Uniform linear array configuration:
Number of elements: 64
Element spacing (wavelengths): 0.75
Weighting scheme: binomial
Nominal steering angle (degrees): -15
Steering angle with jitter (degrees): -13.625
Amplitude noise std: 0.05
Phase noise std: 0.05

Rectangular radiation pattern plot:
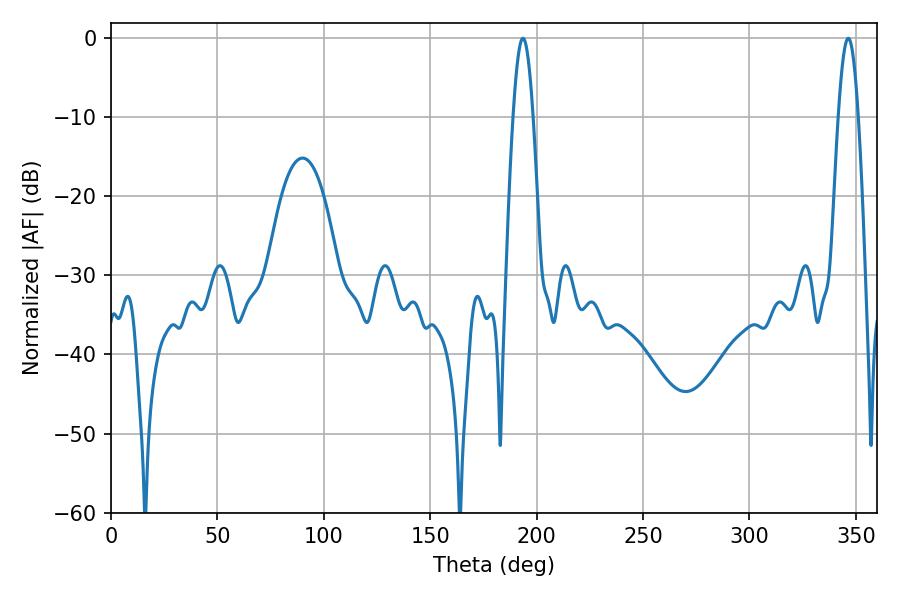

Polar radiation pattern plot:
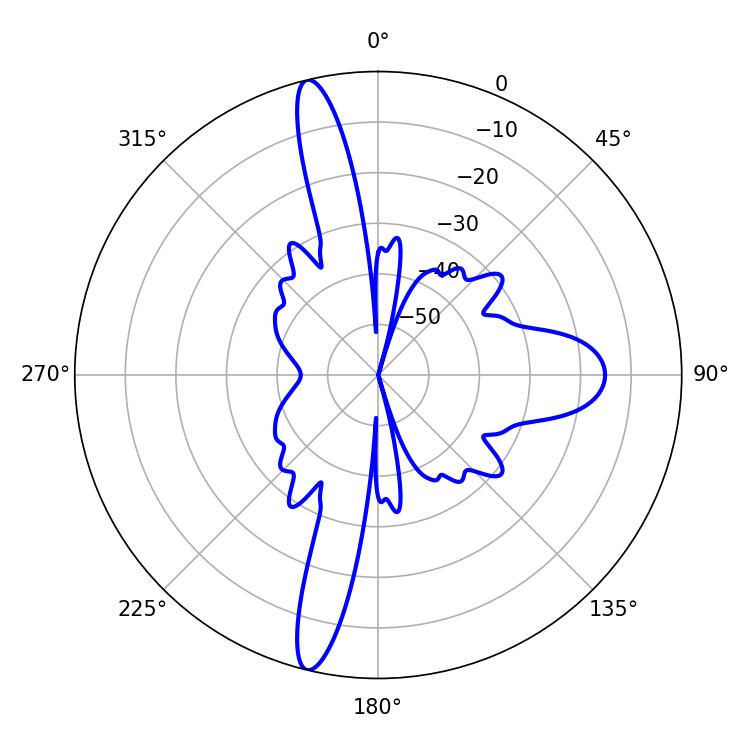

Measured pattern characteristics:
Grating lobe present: TRUE
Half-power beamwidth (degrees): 5.04
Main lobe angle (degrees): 193.5